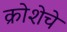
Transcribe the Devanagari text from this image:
क्रोशेचे